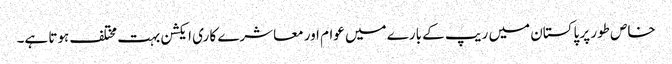
خاص طور پر پاکستان میں ریپ کے بارے میں عوام اور معاشرے کا ری ایکشن بہت مختلف ہوتا ہے۔